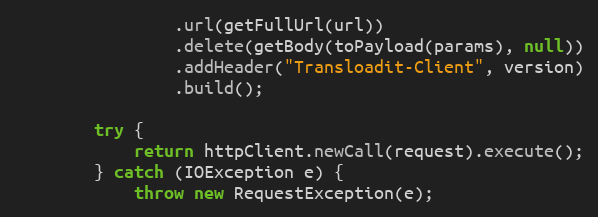
Language: Java
                .url(getFullUrl(url))
                .delete(getBody(toPayload(params), null))
                .addHeader("Transloadit-Client", version)
                .build();

        try {
            return httpClient.newCall(request).execute();
        } catch (IOException e) {
            throw new RequestException(e);